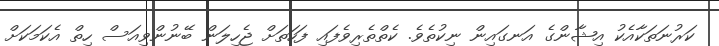
ކަރުނަތަކާއެކު އިޝާންގެ އަނގައިން ނިކުތެވެ. ކެތްތެރިވެފައި ފަހަތަށް ޖެހިލަން ބޭނުންވިއަސް ހިތް އެކަމަކަށް